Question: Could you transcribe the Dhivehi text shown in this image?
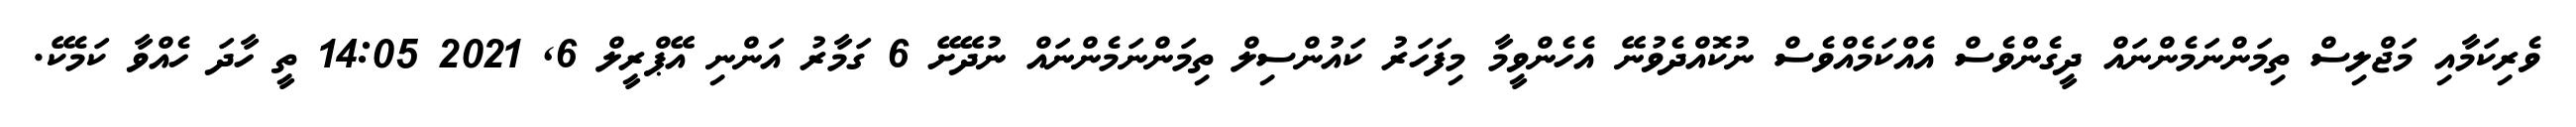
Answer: ވެރިކަމާއި މަޖްލިސް ތިމަންނަމެންނައް ދީގެންވެސް އެއްކަމެއްވެސް ނުކޮއްދެވުނޭ އެހެންވީމާ މިފަހަރު ކައުންސިލް ތިމަންނަމެންނައް ނުދޭށޭ 6 ގަމާރު އަންނި އޭޕްރީލް 6, 2021 14:05 ތީ ހާދަ ހެއްވާ ކަމެކޭ.